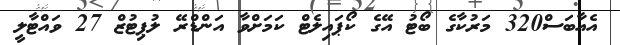
އެއާބަސް320 މަރުކާގެ ބޯޓު އޭގެ ކޯޕައިލެޓް ކަމަށްވާ އަންޑްރޭ ލުޕިޓުޒް 27 ވައްޓާލީ